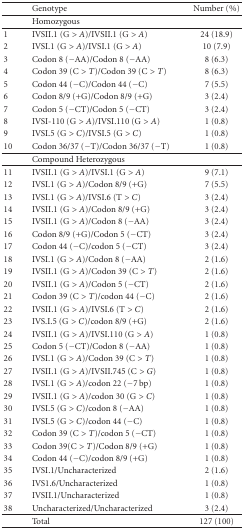
<table><thead><tr><td></td><td><b>Genotype</b></td><td><b>Number (%)</b></td></tr></thead><tbody><tr><td></td><td>Homozygous</td><td></td></tr><tr><td>1</td><td>IVSII.1 (G &gt; <i>A</i>)/IVSII.1 (G &gt; <i>A</i>)</td><td>24 (18.9)</td></tr><tr><td>2</td><td>IVSI.1 (G &gt; <i>A</i>)/IVSI.1 (G &gt; <i>A</i>)</td><td>10 (7.9)</td></tr><tr><td>3</td><td>Codon 8 (−AA)/Codon 8 (−AA)</td><td>8 (6.3)</td></tr><tr><td>4</td><td>Codon 39 (C &gt; <i>T</i>)/Codon 39 (C &gt; <i>T</i>)</td><td>8 (6.3)</td></tr><tr><td>5</td><td>Codon 44 (−C)/Codon 44 (−C)</td><td>7 (5.5)</td></tr><tr><td>6</td><td>Codon 8/9 (+G)/Codon 8/9 (+G)</td><td>3 (2.4)</td></tr><tr><td>7</td><td>Codon 5 (−CT)/Codon 5 (−CT)</td><td>3 (2.4)</td></tr><tr><td>8</td><td>IVSI-110 (G &gt; <i>A</i>)/IVSI.110 (G &gt; <i>A</i>)</td><td>1 (0.8)</td></tr><tr><td>9</td><td>IVSI.5 (G &gt; <i>C</i>)/IVSI.5 (G &gt; <i>C</i>)</td><td>1 (0.8)</td></tr><tr><td>10</td><td>Codon 36/37 (−T)/Codon 36/37 (−T)</td><td>1 (0.8) </td></tr><tr><td></td><td>Compound Heterozygous</td><td></td></tr><tr><td>11</td><td>IVSII.1 (G &gt; <i>A</i>)/IVSI.1 (G &gt; <i>A</i>)</td><td>9 (7.1)</td></tr><tr><td>12</td><td>IVSI.1 (G &gt; <i>A</i>)/Codon 8/9 (+G)</td><td>7 (5.5)</td></tr><tr><td>13</td><td>IVSI.1 (G &gt; <i>A</i>)/IVSI.6 (T &gt; <i>C</i>)</td><td>3 (2.4)</td></tr><tr><td>14</td><td>IVSII.1 (G &gt; <i>A</i>)/Codon 8/9 (+G)</td><td>3 (2.4)</td></tr><tr><td>15</td><td>IVSII.1 (G &gt; <i>A</i>)/Codon 8 (−AA)</td><td>3 (2.4)</td></tr><tr><td>16</td><td>Codon 8/9 (+G)/Codon 5 (−CT)</td><td>3 (2.4)</td></tr><tr><td>17</td><td>Codon 44 (−C)/codon 5 (−CT)</td><td>3 (2.4)</td></tr><tr><td>18</td><td>IVSI.1 (G &gt; <i>A</i>)/Codon 8 (−AA)</td><td>2 (1.6)</td></tr><tr><td>19</td><td>IVSII.1 (G &gt; <i>A</i>)/Codon 39 (C &gt; <i>T</i>)</td><td>2 (1.6)</td></tr><tr><td>20</td><td>IVSII.1 (G &gt; <i>A</i>)/Codon 5 (−CT)</td><td>2 (1.6)</td></tr><tr><td>21</td><td>Codon 39 (C &gt; <i>T</i>)/codon 44 (−C)</td><td>2 (1.6)</td></tr><tr><td>22</td><td>IVSII.1 (G &gt; <i>A</i>)/IVSI.6 (T &gt; <i>C</i>)</td><td>2 (1.6)</td></tr><tr><td>23</td><td>IVS.I.5 (G &gt; <i>C</i>)/codon 8/9 (+G)</td><td>2 (1.6)</td></tr><tr><td>24</td><td>IVSII.1 (G &gt; <i>A</i>)/IVSI.110 (G &gt; <i>A</i>)</td><td>1 (0.8)</td></tr><tr><td>25</td><td>Codon 5 (−CT)/Codon 8 (−AA)</td><td>1 (0.8)</td></tr><tr><td>26</td><td>IVSI.1 (G &gt; <i>A</i>)/Codon 39 (C &gt; <i>T</i>)</td><td>1 (0.8)</td></tr><tr><td>27</td><td>IVSII.1 (G &gt; <i>A</i>)/IVSII.745 (C &gt; <i>G</i>)</td><td>1 (0.8)</td></tr><tr><td>28</td><td>IVSI.1 (G &gt; <i>A</i>)/codon 22 (−7 bp)</td><td>1 (0.8)</td></tr><tr><td>29</td><td>IVSII.1 (G &gt; <i>A</i>)/codon 30 (G &gt; <i>C</i>)</td><td>1 (0.8)</td></tr><tr><td>30</td><td>IVSI.5 (G &gt; <i>C</i>)/codon 8 (−AA)</td><td>1 (0.8)</td></tr><tr><td>31</td><td>IVSI.5 (G &gt; <i>C</i>)/codon 44 (−C)</td><td>1 (0.8)</td></tr><tr><td>32</td><td>Codon 39 (C &gt; <i>T</i>)/codon 5 (−CT)</td><td>1 (0.8)</td></tr><tr><td>33</td><td>Codon 39(C &gt; <i>T</i>)/Codon 8/9 (+G)</td><td>1 (0.8)</td></tr><tr><td>34</td><td>Codon 44 (−C)/codon 8/9 (+G)</td><td>1 (0.8)</td></tr><tr><td>35</td><td>IVSI.1/Uncharacterized</td><td>2 (1.6)</td></tr><tr><td>36</td><td>IVS1.6/Uncharacterized</td><td>1 (0.8)</td></tr><tr><td>37</td><td>IVSII.1/Uncharacterized</td><td>1 (0.8)</td></tr><tr><td>38</td><td>Uncharacterized/Uncharacterized</td><td>3 (2.4) </td></tr><tr><td></td><td>Total</td><td>127 (100)</td></tr></tbody></table>